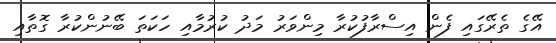
އޭގެ ތެރޭގައި ފެން އިސްރާފުކުރާ މިންވަރު މަދު ކުރުމާއި ހަކަތަ ބޭނުންކުރާ ގޮތާއި